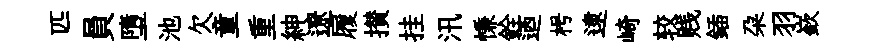
匹員墮池欠童重紳遼履攅挂汛慊銓迺枵逮崎较贱鍤朶羽嶔